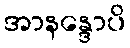
အာနန္ဒောပိ